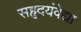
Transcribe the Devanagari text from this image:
सहृदयंवेद्या